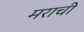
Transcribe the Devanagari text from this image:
मराची